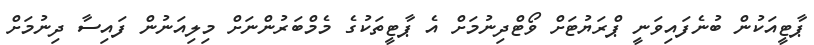
ޕާޓީއަކުން ބުނެފައިވަނީ ޕްރަޔުޓަށް ވޯޓްދިނުމަށް އެ ޕާޓީތަކުގެ މެމްބަރުންނަށް މިލިއަނުން ފައިސާ ދިނުމަށް